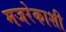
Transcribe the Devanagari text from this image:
मजरेकाशी